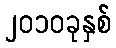
၂၀၁၀ခုနှစ်